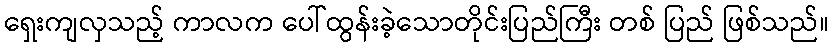
ရှေးကျလှသည့် ကာလက ပေါ်ထွန်းခဲ့သောတိုင်းပြည်ကြီး တစ် ပြည် ဖြစ်သည်။